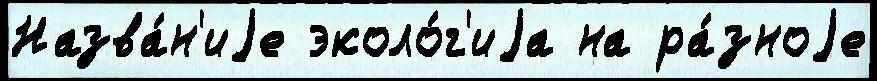
Назва́н'иjе эколо́г'иjа на ра́зноjе